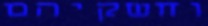
וחשקיהם